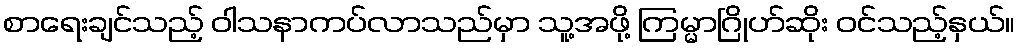
စာရေးချင်သည့် ဝါသနာကပ်လာသည်မှာ သူ့အဖို့ ကြမ္မာဂြိုဟ်ဆိုး ဝင်သည့်နှယ်။